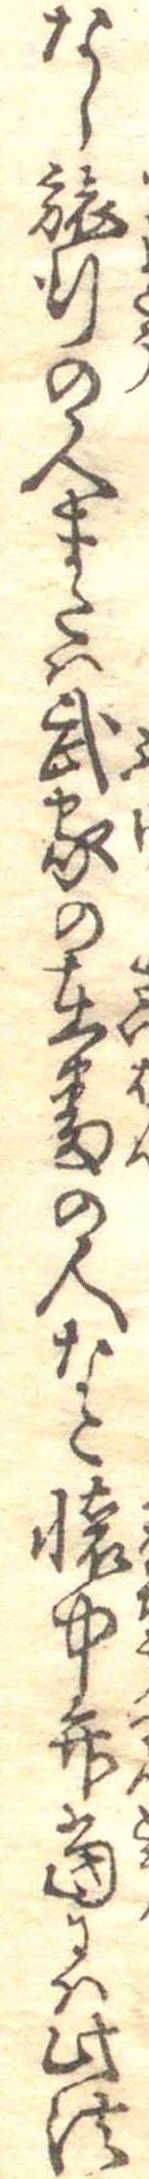
なし旅行の人または武家の在番の人なと懐中弁当には此法